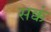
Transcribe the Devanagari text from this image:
सक्कं